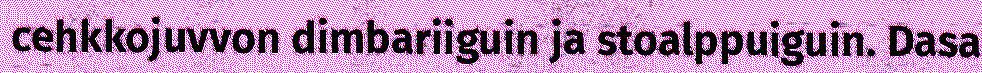
cehkkojuvvon dimbariiguin ja stoalppuiguin. Dasa